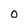
Character: O